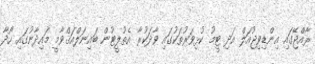
ރާއްޖޭގައި އިންޑިވިޖުއަލް އަދި ޓީމު ކުޅިވަރުތަކުގައި ވާދަކުރާ އެތުލީޓުން ބައިނަލްއަޤްވާމީ މައިދާނުގައި ހޯދާ